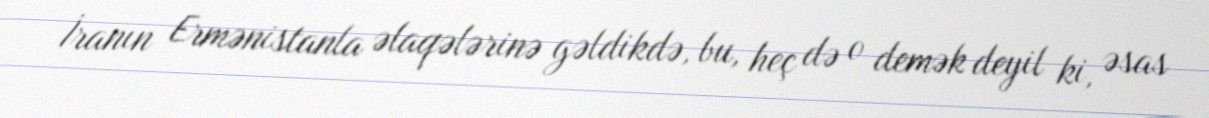
İranın Ermənistanla əlaqələrinə gəldikdə, bu, heç də o demək deyil ki, əsas